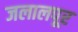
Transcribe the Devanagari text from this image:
जलालपूर